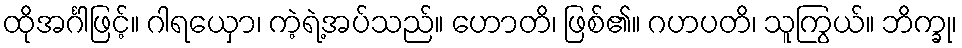
ထိုအင်္ဂါဖြင့်။ ဂါရယှော၊ ကဲ့ရဲ့အပ်သည်။ ဟောတိ၊ ဖြစ်၏။ ဂဟပတိ၊ သူကြွယ်။ ဘိက္ခု၊